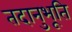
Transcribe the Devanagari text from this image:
तदानुभूति